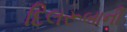
દિલરૂબાની